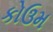
કોઉમ